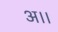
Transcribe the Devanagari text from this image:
अ।।